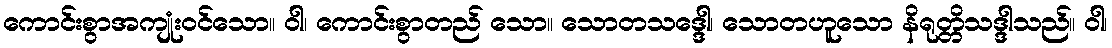
ကောင်းစွာအကျုံးဝင်သော။ ဝါ၊ ကောင်းစွာတည် သော။ သောတသဒ္ဒေါ၊ သောတဟူသော နိရုတ္တိသဒ္ဒါသည်။ ဝါ၊